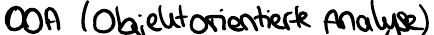
OOA (Objektorientierte Analyse)